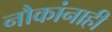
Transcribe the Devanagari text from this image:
नौकांनाही